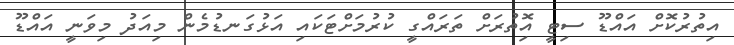
އިތުރުކޮށް އައްޑޫ ސިޓީ އިޮތުރަށް ތަރައްގީ ކުރުމަށްޓަކައި އަޅުގަނޑުމެން މިއަދު މިވަނީ އައްޑޫ